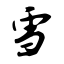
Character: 雪